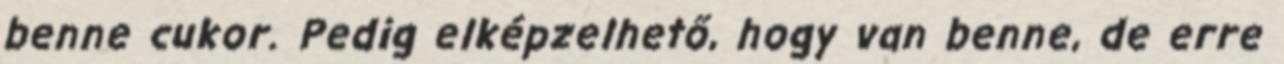
benne cukor. Pedig elképzelhető, hogy van benne, de erre